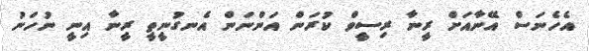
އެހެނަސް އޭނާއަށް ރީނާ ރިސީވް ކުރަން އަންނަން އެނގުނީތީ ރީނާ އިނީ ނުހަނު